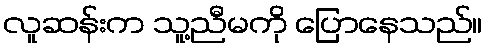
လူဆန်းက သူ့ညီမကို ပြောနေသည်။